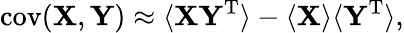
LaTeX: \operatorname{cov}(\mathbf{X},\mathbf{Y})\approx\langle\mathbf{XY^{\mathrm{{T}}}}\rangle-\langle\mathbf{X}\rangle\langle\mathbf{Y}^{\mathrm{{T}}}\rangle,